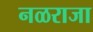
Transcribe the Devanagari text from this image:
नळराजा